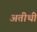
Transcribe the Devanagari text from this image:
अतीथी